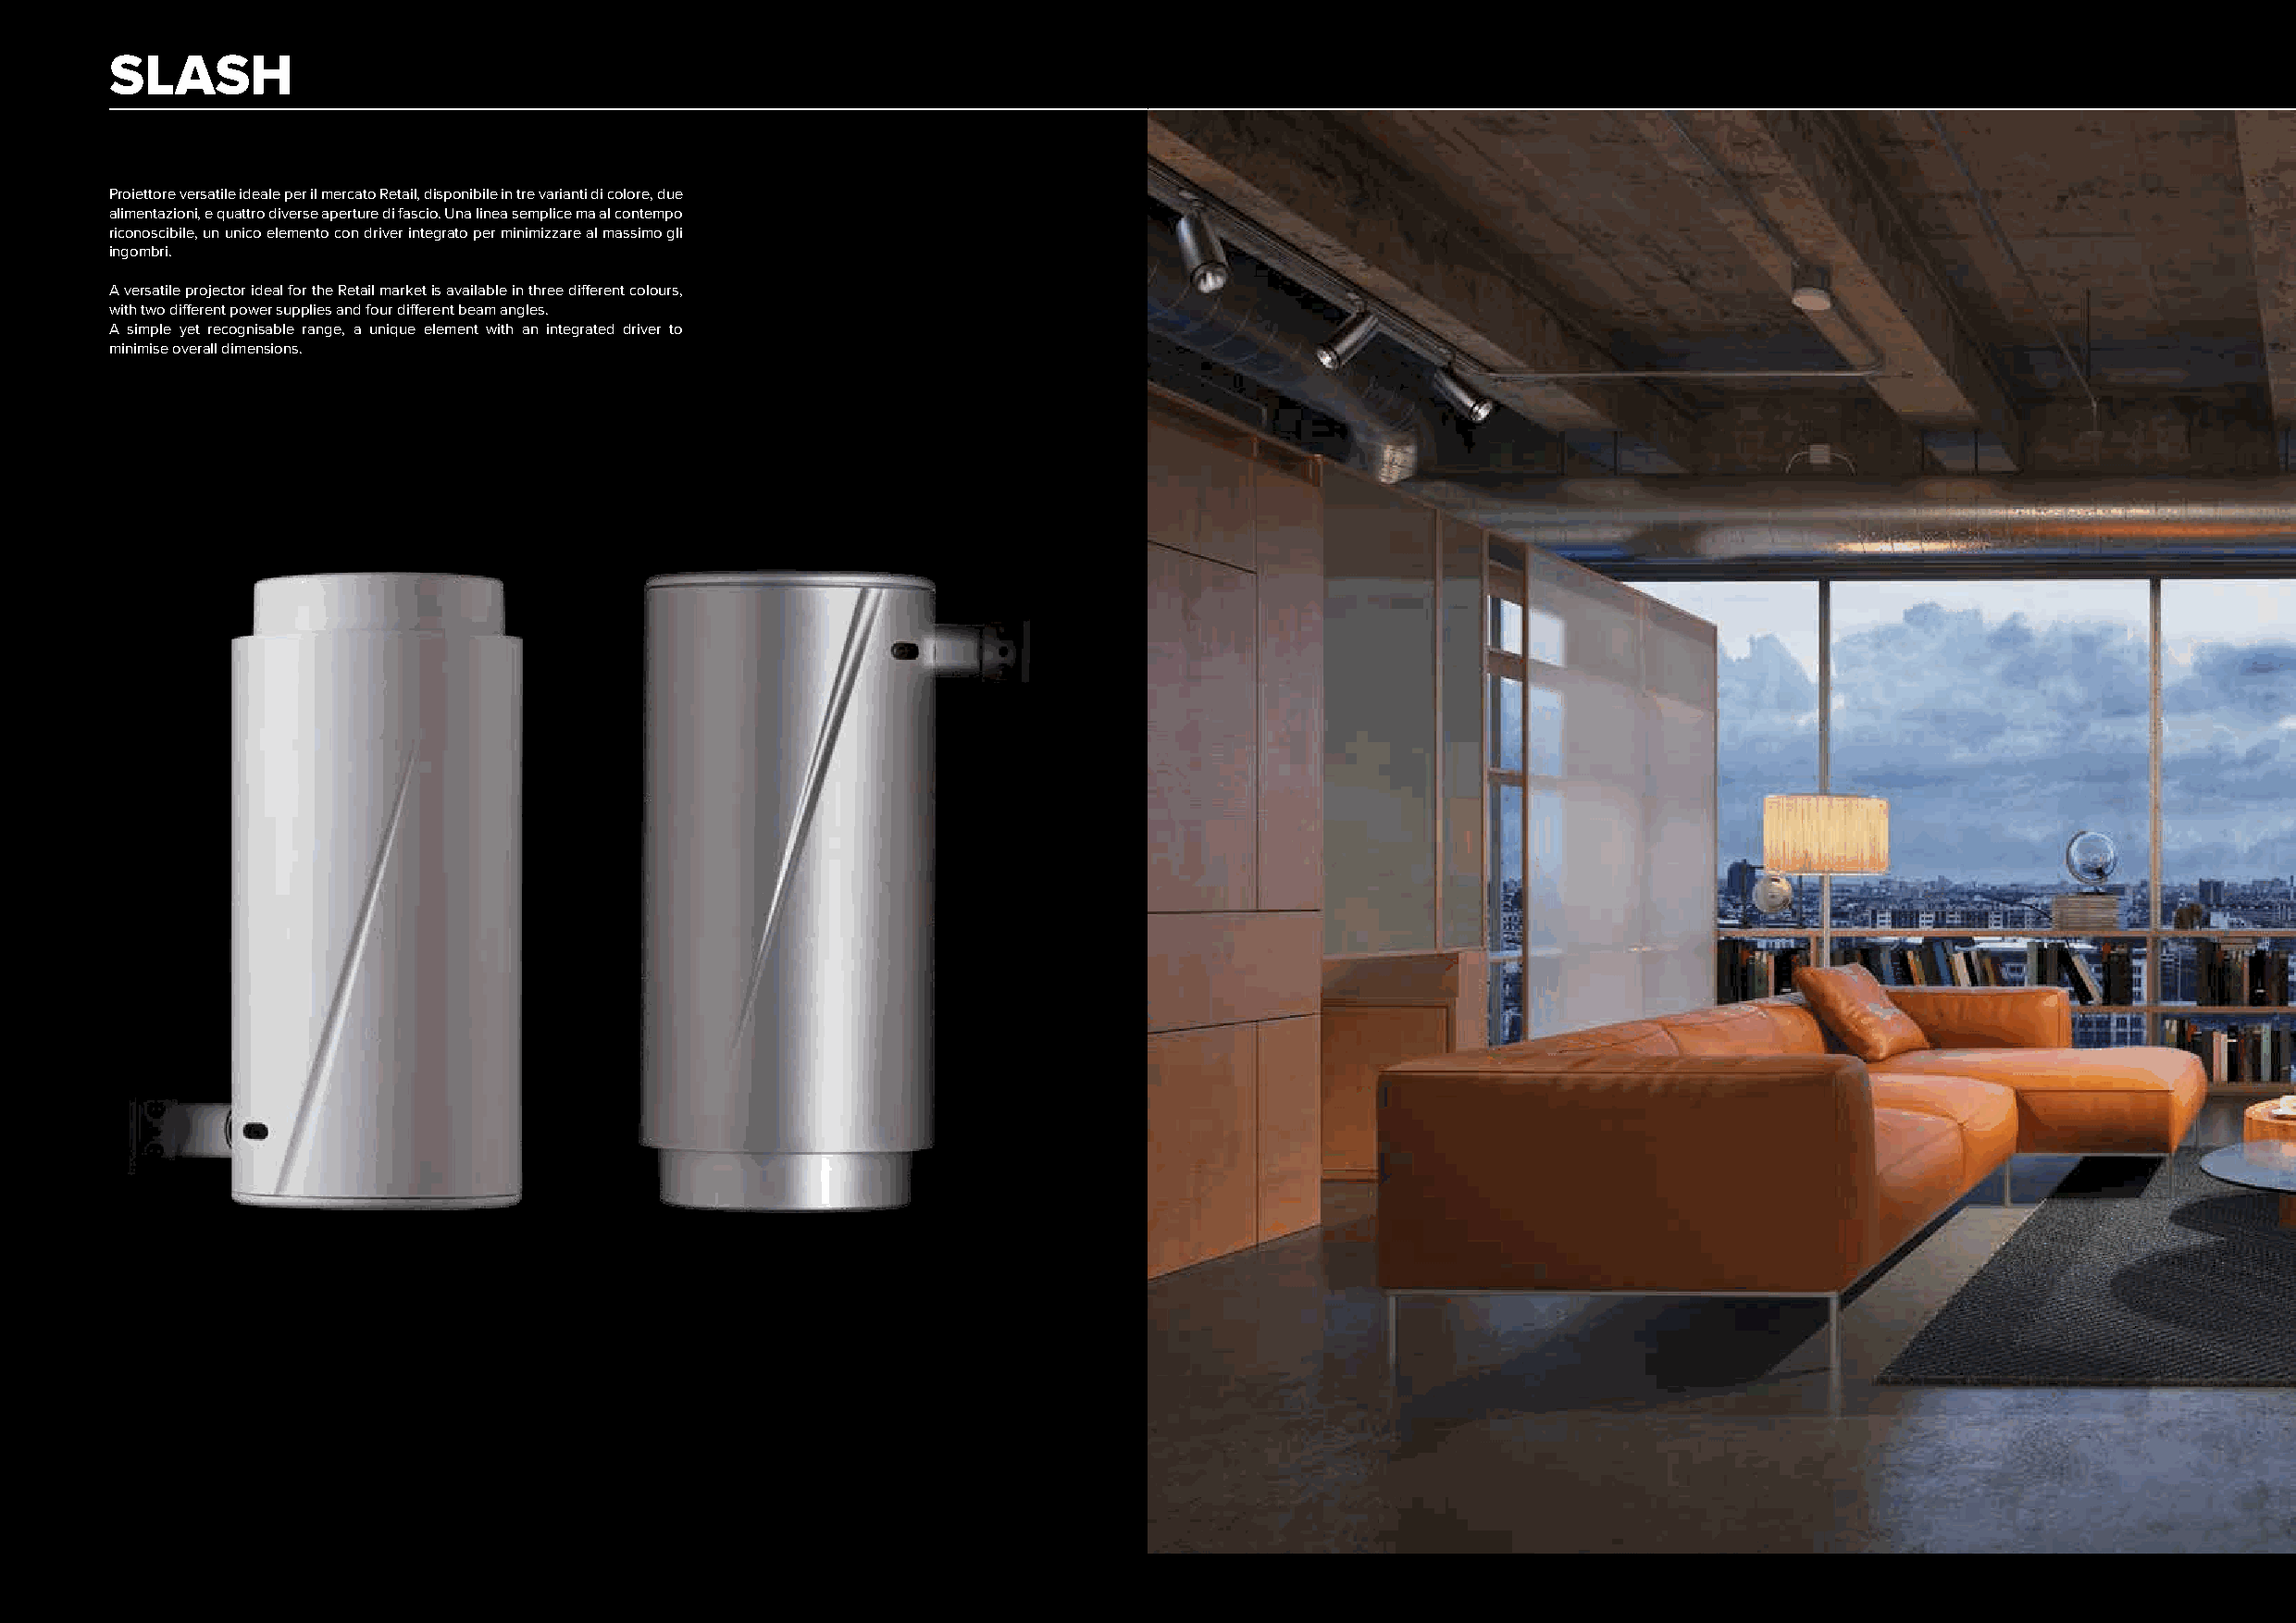
SLASH
 Proiettore versatile ideale per il mercato Retail, disponibile in tre varianti di colore, due
 alimentazioni, e quattro diverse aperture di fascio. Una linea semplice ma al contempo
 riconoscibile, un unico elemento con driver integrato per minimizzare al massimo gli
 ingombri.
 A versatile projector ideal for the Retail market is available in three different colours,
 with two different power supplies and four different beam angles.
 A simple yet recognisable range, a unique element with an integrated driver to
 minimise overall dimensions.
 170                                                                                                                                                171